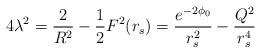
LaTeX: \begin{align*}4 \lambda^{2} = \frac{2}{R^{2}} - \frac{1}{2}F^{2}(r_{s}) =\frac{e^{-2\phi_{0}}}{r_{s}^{2}} - \frac{Q^{2}}{r_{s}^{4}}\end{align*}